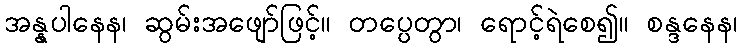
အန္နပါနေန၊ ဆွမ်းအဖျော်ဖြင့်။ တပ္ပေတွာ၊ ရောင့်ရဲစေ၍။ စန္ဒနေန၊